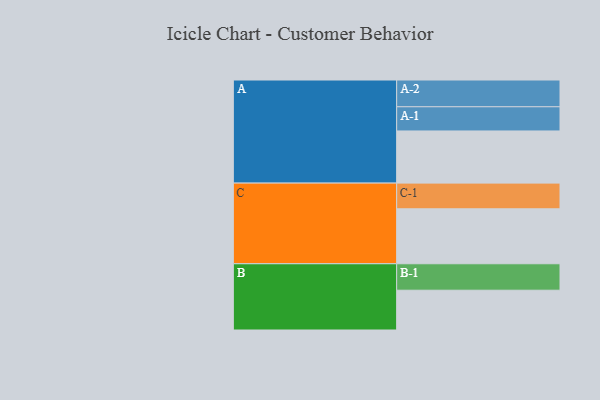
{"axis": {"x": "Segment", "y": "Value"}, "legend": ["", "A", "B", "C"], "data": [{"x": "A", "y": 485, "type": ""}, {"x": "B", "y": 370, "type": ""}, {"x": "C", "y": 511, "type": ""}, {"x": "A-1", "y": 225, "type": "A"}, {"x": "A-2", "y": 249, "type": "A"}, {"x": "B-1", "y": 246, "type": "B"}, {"x": "C-1", "y": 239, "type": "C"}]}